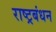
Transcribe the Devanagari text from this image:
राष्ट्रबंधन